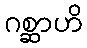
ဂစ္ဆာဟိ